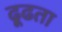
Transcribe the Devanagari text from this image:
ढ़ूढता